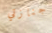
جنازتي